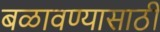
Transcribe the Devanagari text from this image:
बळावण्यासाठी